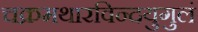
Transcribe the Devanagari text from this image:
चक्रमथारविन्दयुगुलं